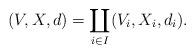
LaTeX: \begin{align*}(V,X,d) = \coprod_{i \in I} (V_i,X_i,d_i). \end{align*}